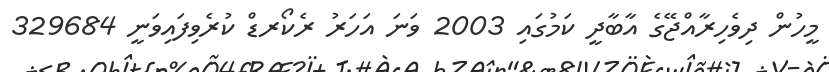
މީހުން ދިވެހިރާއްޖޭގެ އާބާދީ ކަމުގައި 2003 ވަނަ އަހަރު ރެކޯރޑް ކުރެވިފައިވަނީ 329684